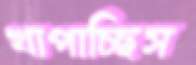
খাপাচ্ছিস